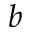
b